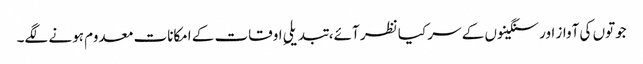
جوتوں کی آواز اور سنگینوں کے سر کیا نظر آئے، تبدیلیِ اوقات کے امکانات معدوم ہونے لگے۔